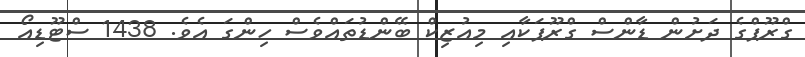
ގްރޫޕްގެ ދަށުން ޑާންސް ގްރޫޕަކާއި މިއުޒިކް ބޭންޑުތައްވެސް ހިންގަ އެވެ. 1438 ސްޓޫޑިއޯ